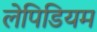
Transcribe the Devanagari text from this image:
लेपिडियम